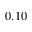
0 . 1 0